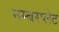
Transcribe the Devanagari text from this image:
नम्बरप्लेट